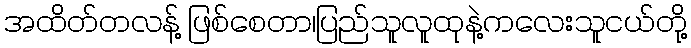
အထိတ်တလန့် ဖြစ်စေတာ၊ပြည်သူလူထုနဲ့ကလေးသူငယ်တို့